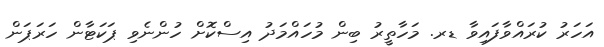
އަހަރު ކުރައްވާފައިވާ ޑރ. މަހާތީރު ބިން މުހައްމަދު އިސްކޮށް ހުންނެވި ޕަކަޓާން ހަރަޕަން